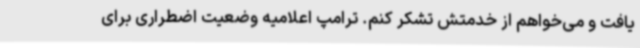
یافت و می‌خواهم از خدمتش تشکر کنم. ترامپ اعلامیه وضعیت اضطراری برای